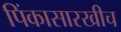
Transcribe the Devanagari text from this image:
पिंकासारखीच